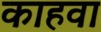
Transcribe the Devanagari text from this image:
काहवा